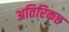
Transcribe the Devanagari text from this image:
अतिरिकत्त